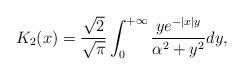
LaTeX: \begin{align*}K_2(x)= \frac{\sqrt{2}}{\sqrt{\pi}}\int_0^{+\infty} \frac{y e^{-|x|y}}{\alpha^2 + y^2}dy,\end{align*}